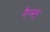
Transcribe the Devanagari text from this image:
नैप्प्स्टर